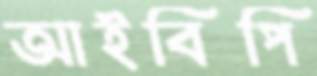
আইবিপি